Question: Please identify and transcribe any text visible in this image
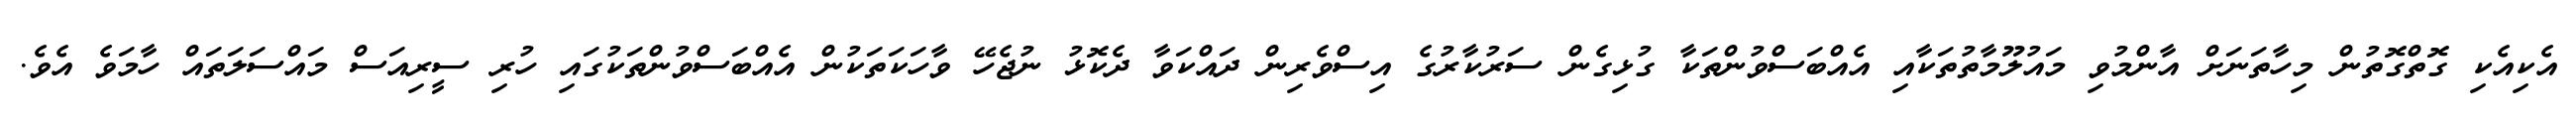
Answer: އެކިއެކި ގޮތްގޮތުން މިހާތަނަށް އާންމުވި މައުލޫމާތުތަކާއި އެއްބަސްވުންތަކާ ގުޅިގެން ސަރުކާރުގެ އިސްވެރިން ދައްކަވާ ދެކޮޅު ނުޖެހޭ ވާހަކަތަކުން އެއްބަސްވުންތަކުގައި ހުރި ސީރިއަސް މައްސަލަތައް ހާމަވެ އެވެ.